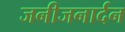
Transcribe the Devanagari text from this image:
जनीजनार्दन